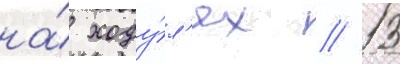
на́ ходу́л'ях // 13